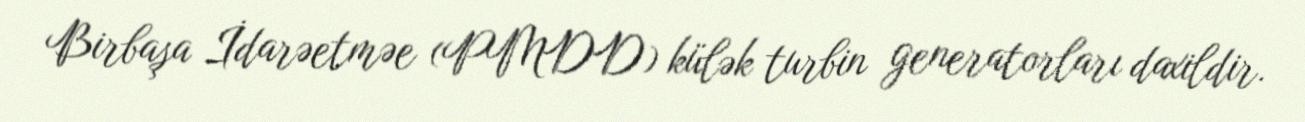
Birbaşa İdarəetməe (PMDD) külək turbin generatorları daxildir.